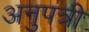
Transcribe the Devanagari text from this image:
अनुपत्री